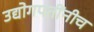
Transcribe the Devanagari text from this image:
उद्योगपतींनीच